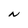
Character: N